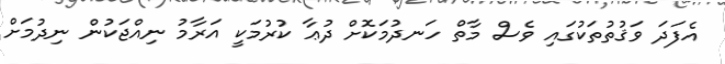
އެފަދަ ވަޤުތުތަކުގައި ވެސް މާތް ހަނދުމަކޮށް ދުޢާ ކުރުމަކީ އަރާމު ނިއްޖަކުން ނިދުމަށް